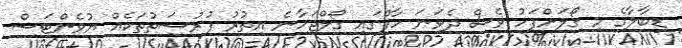
ޑިބާލާގެ މި ގޯލަށްފަހު ވެސް ދެވަނަ ހާފްގައި ގޯލްޖަހާނެ އިތުރު ފުރުސަތުތަކެއް ޔުވެންޓަސް